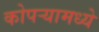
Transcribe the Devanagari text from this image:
कोपर्‍यामध्ये